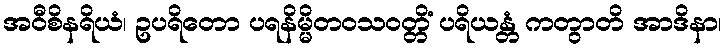
အဝီစိနရိယံ၊ ဥပရိတော ပရနိမ္မိတဝသဝတ္တိံ ပရိယန္တံ ကတွာတိ အာဒိနာ၊